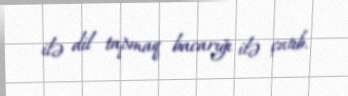
ilə dil tapmaq bacarığı ilə çatıb.